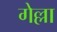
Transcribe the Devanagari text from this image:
गेल्ला